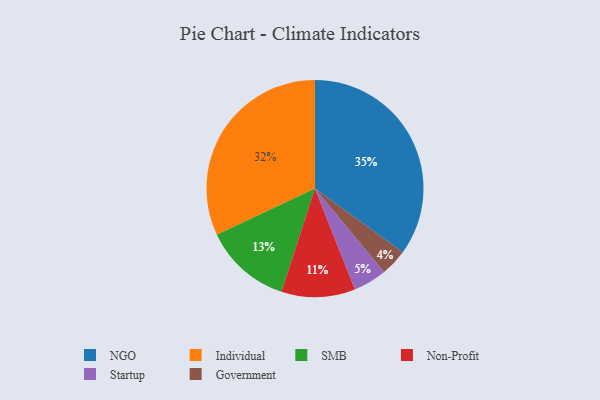
{"axis": {"x": "Category", "y": "Percentage"}, "legend": ["Government", "Individual", "NGO", "Non-Profit", "SMB", "Startup"], "data": [{"x": "Non-Profit", "y": 11, "type": "Non-Profit"}, {"x": "Startup", "y": 5, "type": "Startup"}, {"x": "Government", "y": 4, "type": "Government"}, {"x": "Individual", "y": 32, "type": "Individual"}, {"x": "SMB", "y": 13, "type": "SMB"}, {"x": "NGO", "y": 35, "type": "NGO"}]}